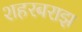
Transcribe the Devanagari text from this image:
शहरबराझ